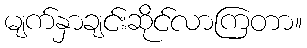
မျက်နှာချင်းဆိုင်လာကြတာ။